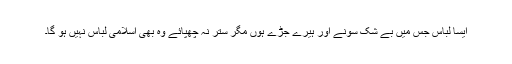
ایسا لباس جس میں بے شک سونے اور ہیرے جڑے ہوں مگر ستر نہ چھپائے وہ بھی اسلامی لباس نہیں ہو گا۔